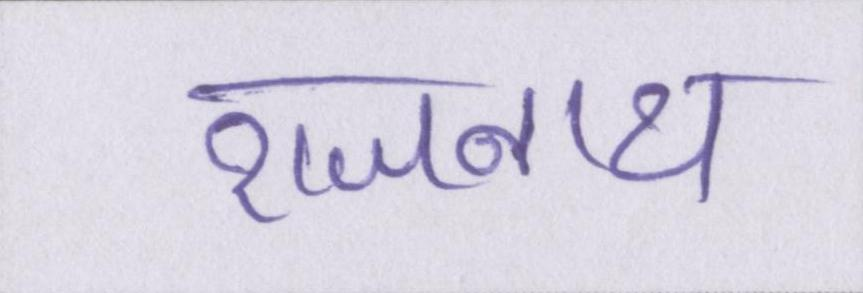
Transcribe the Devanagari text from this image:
राजनाथ